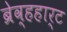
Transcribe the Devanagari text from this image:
ब्रेव्हहार्ट